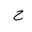
Letter: _ha